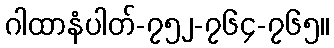
ဂါထာနံပါတ်-၇၅၂-၇၆၄-၇၆၅။